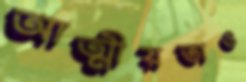
আত্মীয়তাও